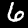
Label: 6